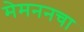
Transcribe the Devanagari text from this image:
मेमननचा